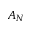
A _ { N }